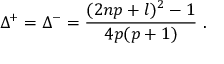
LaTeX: \Delta ^ { + } = \Delta ^ { - } = \displaystyle \frac { ( 2 n p + l ) ^ { 2 } - 1 } { 4 p ( p + 1 ) } \, \, .